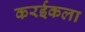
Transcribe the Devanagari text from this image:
करईकला